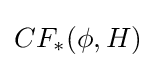
CF_{*}(\phi ,H)